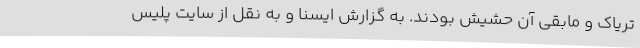
تریاک و مابقی آن حشیش بودند. به گزارش ایسنا و به نقل از سایت پلیس